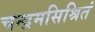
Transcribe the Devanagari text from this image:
चन्द्रमसिश्रितं